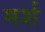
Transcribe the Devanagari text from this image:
मर्श